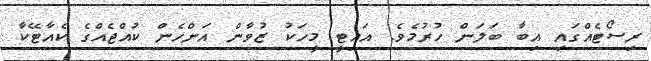
ރިސޯޓެއްގައި އިބާ ބަލަން ހުރުމެވެ. އައިޓީ މީހަކު ޒުވާން އަންހެން ކުއްޖެއްގެ ކެއާޓޭކާ